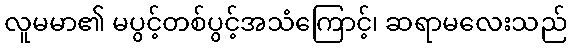
လူမမာ၏ မပွင့်တစ်ပွင့်အသံကြောင့်၊ ဆရာမလေးသည်